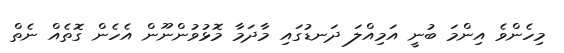
މިހެންވެ އިންމަ ބުނީ އަމިއްލަ ދަނޑުގައި މާދަމާ މޮޅުވުންނޫން އެހެން ގޮތެއް ނެތް